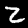
Label: 2